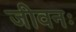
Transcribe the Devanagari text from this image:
जीवनः